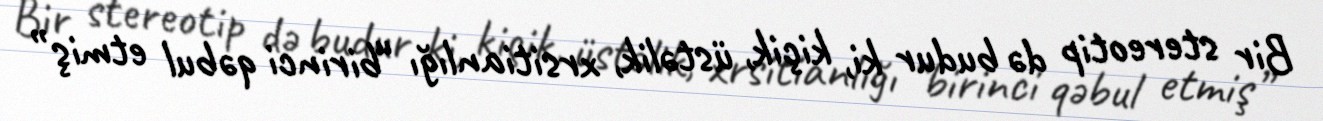
Bir stereotip də budur ki, kiçik, üstəlik, xrsitianlığı “birinci qəbul etmiş”